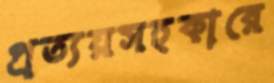
প্রত্যয়সহকারে